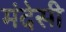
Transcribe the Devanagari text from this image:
मंदेसी